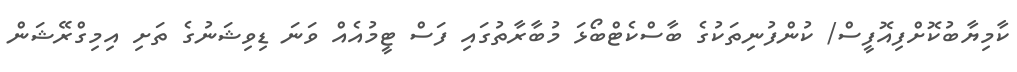
ކާމިޔާބުކޮށްފިއޮފީސް/ ކުންފުނިތަކުގެ ބާސްކެޓްބޯޅަ މުބާރާތުގައި ފަސް ޓީމުއެއް ވަނަ ޑިވިޝަނުގެ ތަށި އިމިގްރޭޝަން